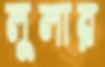
লুলার